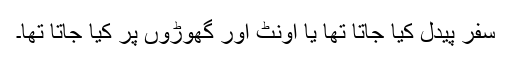
سفر پیدل کیا جاتا تھا یا اُونٹ اور گھوڑوں پر کیا جاتا تھا۔